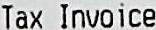
TAX INVOICE